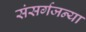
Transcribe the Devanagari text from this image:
संसर्गजन्या